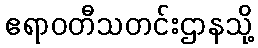
ဧရာဝတီသတင်းဌာနသို့